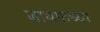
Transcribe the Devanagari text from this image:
बायफ़च्या